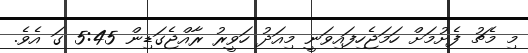
މި މެޗު ފެށުމަށް ހަމަޖެހިފައިވަނީ މިއަދު ހަވީރު ރާއްޖެގަޑިން 5:45 ގަ އެވެ.